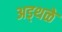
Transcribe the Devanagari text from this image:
अड्थळे